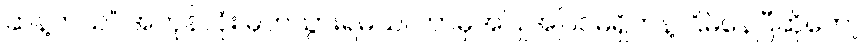
ဆန့်တယ်” အကုန်လုံး မှတ်သွားရမယ်၊ ဘာမှအပြုအပြင်မရှိဘဲနဲ့ ငြိမ်နေပြီဆိုတော့